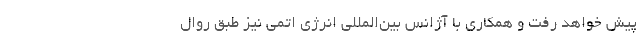
پیش خواهد رفت و همکاری با آژانس بین‌المللی انرژی اتمی نیز طبق روال